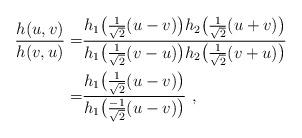
LaTeX: \begin{align*} \frac{h(u,v)}{h(v,u)} =&\frac{h_1\big(\frac{1}{\sqrt{2}}(u-v)\big)h_2\big(\frac{1}{\sqrt{2}}(u+v)\big)}{h_1\big(\frac{1}{\sqrt{2}}(v-u)\big)h_2\big(\frac{1}{\sqrt{2}}(v+u)\big)}\\=&\frac{h_1\big(\frac{1}{\sqrt{2}}(u-v)\big)}{h_1\big(\frac{-1}{\sqrt{2}}(u-v)\big)} \ ,\end{align*}